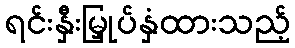
ရင်းနှီးမြှုပ်နှံထားသည့်